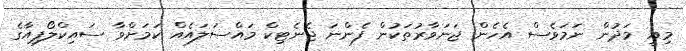
މިއީ މަދުން ނަމަވެސް އެހެން ޖަނަވާރުތަކުން ފެންނަ ޖެނެޓިކް މައްސަލައެއް ކަމަށްވާ ސައިކްލޯޕިއާގެ